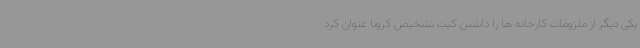
یکی دیگر از ملزومات کارخانه ها را داشتن کیت تشخیص کرونا عنوان کرد